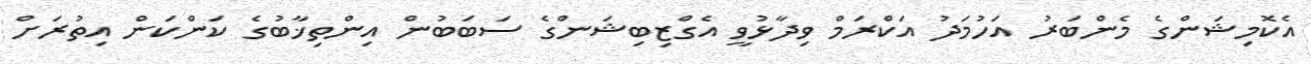
އެކޮމިޝަންގެ މެންބަރު އަހުމަދު އަކްރަމް ވިދާޅުވީ އެގްޒިބިޝަންގެ ސަބަބުން އިންތިޚާބުގެ ކަންކަން އިތުރަށް